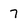
Character: 7